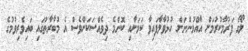
ލޯގޯ ފަރުމާކުރުމަށް އާއްމުންނަށް ހުޅުވާލާފައިވާ ކަމަށާއި ކޮންމެ ދިވެއްސަކަށްވެސް އެ މުބާރާތުގައި ބައިވެރިވުމުގެ